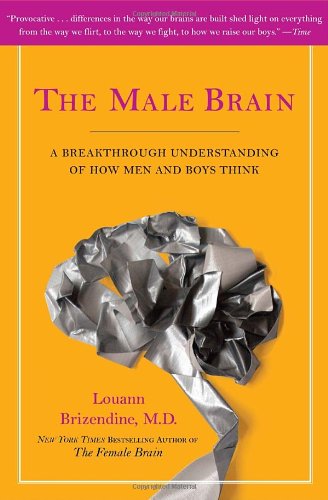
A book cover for The Male Brain; Louann Brizendine; Medical Books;